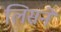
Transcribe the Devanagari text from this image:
लिसने